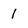
Character: 1